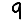
Digit: 9